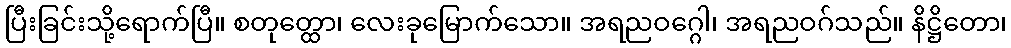
ပြီးခြင်းသို့ရောက်ပြီ။ စတုတ္ထော၊ လေးခုမြောက်သော။ အရညဝဂ္ဂေါ၊ အရညဝဂ်သည်။ နိဋ္ဌိတော၊